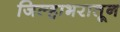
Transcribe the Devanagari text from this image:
जिल्हाभरातून